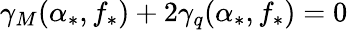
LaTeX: \gamma_{M}(\alpha_{*},f_{*})+2\gamma_{q}(\alpha_{*},f_{*})=0